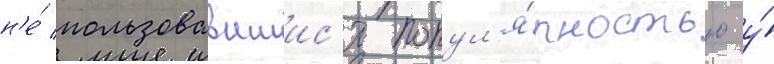
н'е́ пользовавшиис'я попул'я́рностью у́